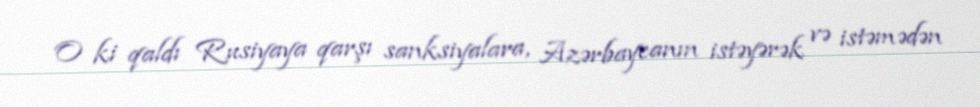
O ki qaldı Rusiyaya qarşı sanksiyalara, Azərbaycanın istəyərək və istəmədən